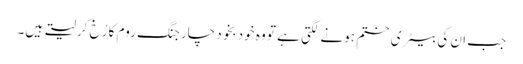
جب ان کی بیٹری ختم ہونے لگتی ہے تو وہ خود بخود چارجنگ روم کا رُخ کرلیتے ہیں۔